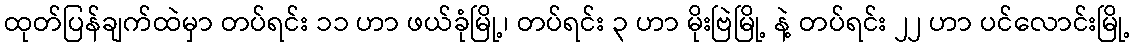
ထုတ်ပြန်ချက်ထဲမှာ တပ်ရင်း ၁၁ ဟာ ဖယ်ခုံမြို့၊ တပ်ရင်း ၃ ဟာ မိုးဗြဲမြို့ နဲ့ တပ်ရင်း ၂၂ ဟာ ပင်လောင်းမြို့